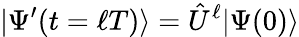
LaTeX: |\Psi^{\prime}(t=\ell T)\rangle=\hat{U}^{\ell}|\Psi(0)\rangle